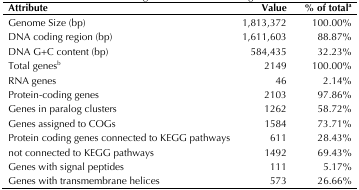
<table><thead><tr><td><b>Attribute</b></td><td><b>Value</b></td><td><b>% of total<sup>a</sup></b></td></tr></thead><tbody><tr><td>Genome Size (bp)</td><td>1,813,372</td><td>100.00%</td></tr><tr><td>DNA coding region (bp)</td><td>1,611,603</td><td>88.87%</td></tr><tr><td>DNA G+C content (bp)</td><td>584,435</td><td>32.23%</td></tr><tr><td>Total genes<sup>b</sup></td><td>2149</td><td>100.00%</td></tr><tr><td>RNA genes</td><td>46</td><td>2.14%</td></tr><tr><td>Protein-coding genes</td><td>2103</td><td>97.86%</td></tr><tr><td>Genes in paralog clusters</td><td>1262</td><td>58.72%</td></tr><tr><td>Genes assigned to COGs</td><td>1584</td><td>73.71%</td></tr><tr><td>Protein coding genes connected to KEGG pathways</td><td>611</td><td>28.43%</td></tr><tr><td>not connected to KEGG pathways</td><td>1492</td><td>69.43%</td></tr><tr><td>Genes with signal peptides</td><td>111</td><td>5.17%</td></tr><tr><td>Genes with transmembrane helices</td><td>573</td><td>26.66%</td></tr></tbody></table>